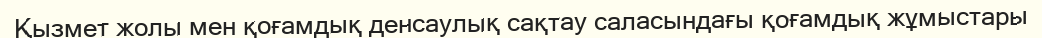
Қызмет жолы мен қоғамдық денсаулық сақтау саласындағы қоғамдық жұмыстары